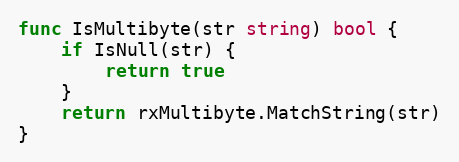
Language: Go
func IsMultibyte(str string) bool {
	if IsNull(str) {
		return true
	}
	return rxMultibyte.MatchString(str)
}